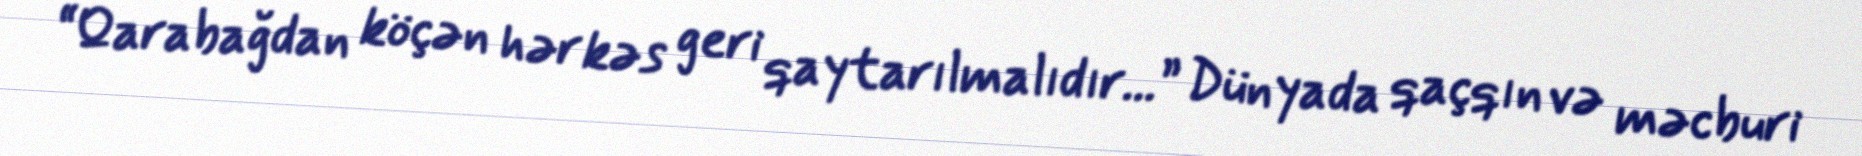
“Qarabağdan köçən hər kəs geri qaytarılmalıdır...” Dünyada qaçqın və məcburi